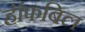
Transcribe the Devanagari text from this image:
हॉफबिल